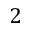
2